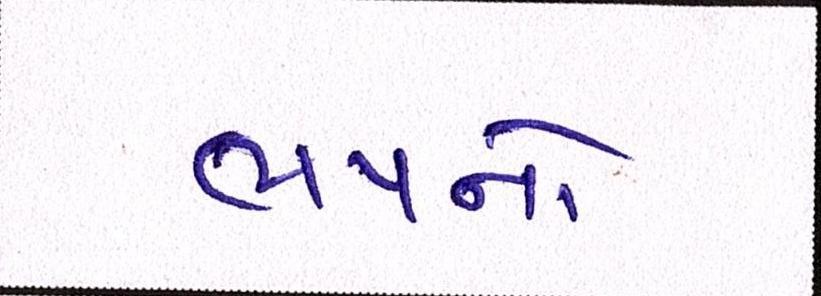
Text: ભયનો